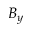
B _ { y }